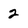
Character: 2